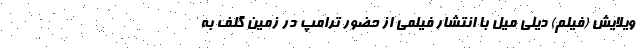
ویلایش (فیلم) دیلی میل با انتشار فیلمی از حضور ترامپ در زمین گلف به